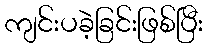
ကျင်းပခဲ့ခြင်းဖြစ်ပြီး